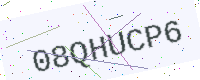
Text: 08QHUCP6